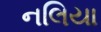
નલિયા